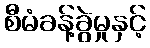
စီမံခန့်ခွဲမှုနှင့်